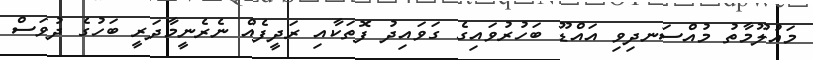
މައުލޫމާތު މުއްސަނދިވި އައްޑޫ ބަހުރުވައިގެ ގަވައިދު ފޮތަކާއި ރަދީފެއް ނެރެނީމާދަރީ ބަހުގެ ދުވަސް